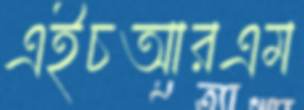
এইচআরএম